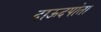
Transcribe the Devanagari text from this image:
दाऊदपोता